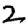
Digit: 2